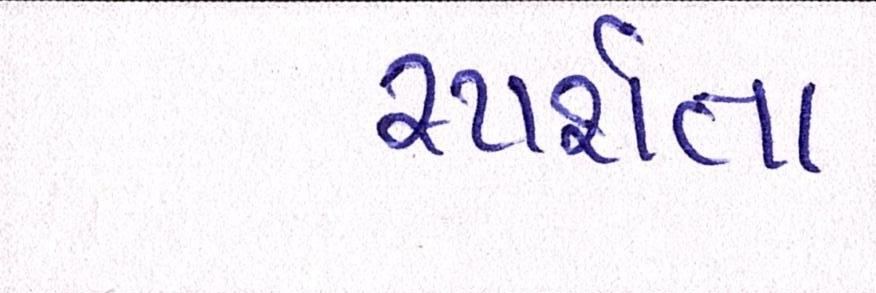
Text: સ્પર્શતા